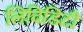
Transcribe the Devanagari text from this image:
लिविडिटी